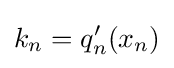
k_{n}=q_{n}'(x_{n})